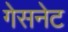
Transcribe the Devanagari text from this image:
गेसनेट